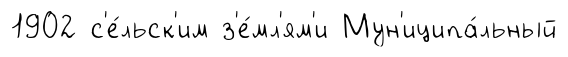
1902 с'е́льск'им з'е́мл'ям'и Мун'иципа́льный